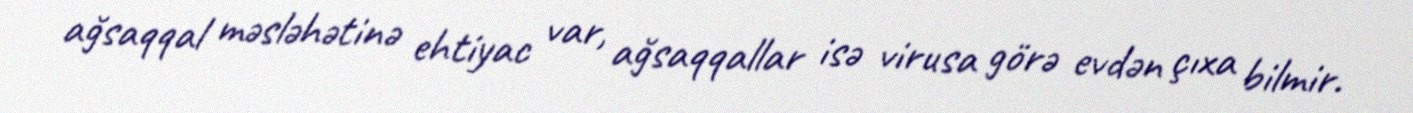
ağsaqqal məsləhətinə ehtiyac var, ağsaqqallar isə virusa görə evdən çıxa bilmir.